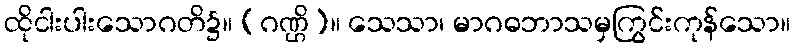
ထိုငါးပါးသောဂတိ၌။ (ဂဏ္ဌိ)။ သေသာ၊ မာဂဓဘာသမှကြွင်းကုန်သော။